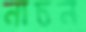
নাচন